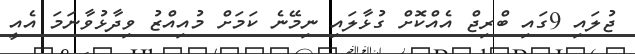
ޖުލައި 9ގައި ބްރިޖް އެއްކޮށް ގުޅާލައި ނިމޭނެ ކަމަށް މުއިއްޒު ވިދާޅުވާނަމަ އެއީ